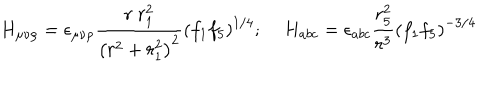
LaTeX: H _ { \mu \nu \rho } = \epsilon _ { \mu \nu \rho } \frac { r ~ r _ { 1 } ^ { 2 } } { \left( r ^ { 2 } + r _ { 1 } ^ { 2 } \right) ^ { 2 } } \left( f _ { 1 } f _ { 5 } \right) ^ { 1 / 4 } ; \; H _ { a b c } = \epsilon _ { a b c } \frac { r _ { 5 } ^ { 2 } } { r ^ { 3 } } \left( f _ { 1 } f _ { 5 } \right) ^ { - 3 / 4 }